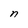
Character: n